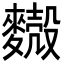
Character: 𪍥